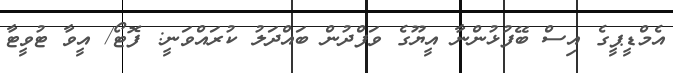
އެމްޑީޕީގެ އިސް ބޭފުޅުންނާ އީޔޫގެ ވަފްދުން ބައްދަލު ކުރައްވަނީ: ފޮޓޯ/ އީވާ ޓުވީޓާ